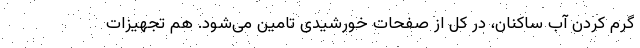
گرم کردن آب ساکنان، در کل از صفحات خورشیدی تامین می‌شود. هم تجهیزات